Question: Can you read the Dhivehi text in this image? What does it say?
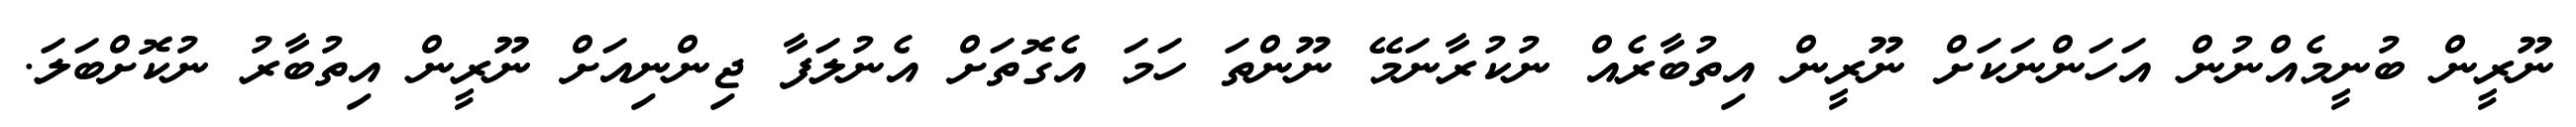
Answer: ނޫރީން ބުނީމެއްނުން އަހަންނަކަށް ނޫރީން އިތުބާރެއް ނުކުރާނަމޭ ނޫންތަ ހަމަ އެގޮތަށް އެނުލަފާ ޖިންނިއަށް ނޫރީން އިތުބާރު ނުކޮށްބަލަ.